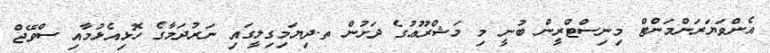
އެންވަޔަރަންމަންޓް މިނިސްޓްރީން ބުނީ މި މަޝްރޫޢުގެ ދަށުން ތ.ދިޔަމިގިލީގައި ނަރުދަމާގެ ހޮޅިއެޅުމާއި ސްވޭޖް